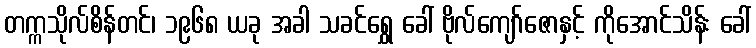
တက္ကသိုလ်စိန်တင်၊ ၁၉၆၈ ယခု အခါ သခင်ရွှေ ခေါ် ဗိုလ်ကျော်ဇောနှင့် ကိုအောင်သိန်း ခေါ်